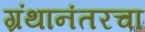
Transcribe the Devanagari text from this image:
ग्रंथानंतरचा